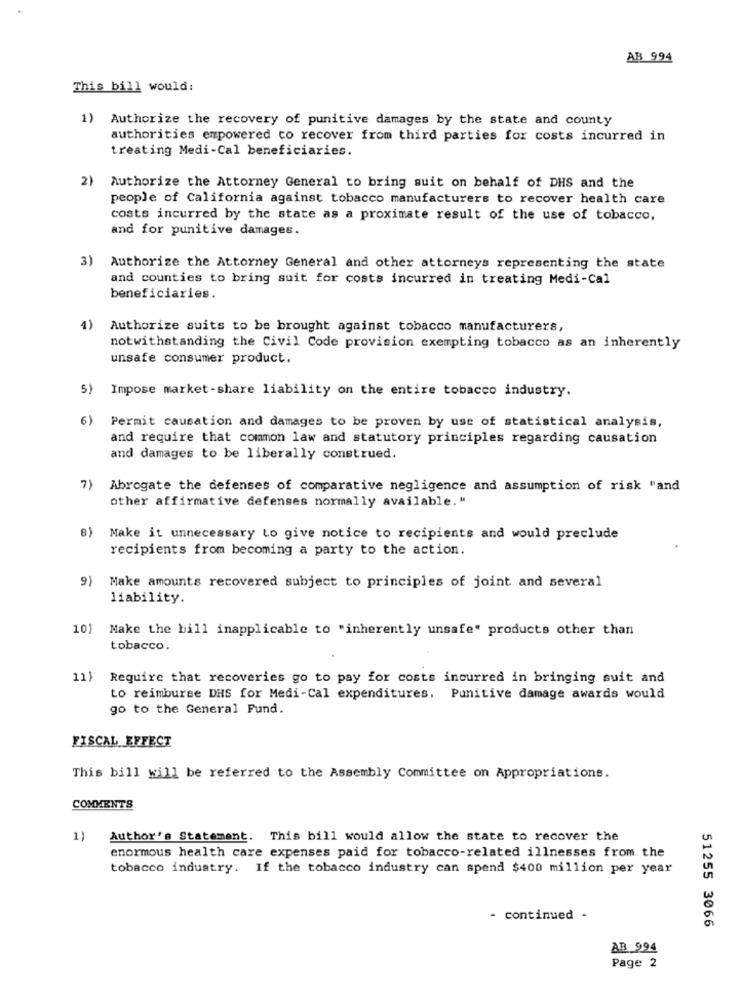
AB 994
This bill would:
1)
Authorize the recovery of punitive damages by the state and county
authorities empowered to recover from third parties for costs incurred in
treating Medi-Cal beneficiaries.
2)
Authorize the Attorney General to bring suit on behalf of DHS and the
people of California against tobacco manufacturers to recover health care
costs incurred by the state as a proximate result of the use of tobacco,
and for punitive damages.
3) Authorize the Attorney General and other attorneys representing the state
and counties to bring suit for costs incurred in treating Medi-Cal
beneficiaries.
4)
Authorize suits to be brought against tobacco manufacturers,
notwithstanding the Civil Code provision exempting tobacco as an inherently
unsafe consumer product.
5) Impose market-share liability on the entire tobacco industry.
6)
Permit causation and damages to be proven by use of statistical analysis,
and require that common law and statutory principles regarding causation
and damages to be liberally construed.
7)
Abrogate the defenses of comparative negligence and assumption of risk "and
other affirmative defenses normally available."
Make it unnecessary to give notice to recipients and would preclude
recipients from becoming a party to the action.
9) Make amounts recovered subject to principles of joint and several
liability.
10)
Make the bill inapplicable to "inherently unsafe" products other than
tobacco.
11}
Require that recoveries go to pay for costs incurred in bringing suit and
to reimburse DHS for Medi-Cal expenditures. Punitive damage awards would
go to the General Fund.
FISCAL EFFECT
This bill will be referred to the Assembly Committee on Appropriations.
COMMENTS
1)
Author's Statement. This bill would allow the state to recover the
enormous health care expenses paid for tobacco-related illnesses from the
tobacco industry. If the tobacco industry can spend $400 million per year
- continued -
51255 3066
AB 994
Page 2